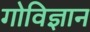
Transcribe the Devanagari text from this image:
गोविज्ञान